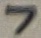
Text: 7